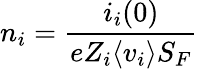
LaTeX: n_{i}={\frac{i_{i}(0)}{eZ_{i}\langle v_{i}\rangle S_{F}}}